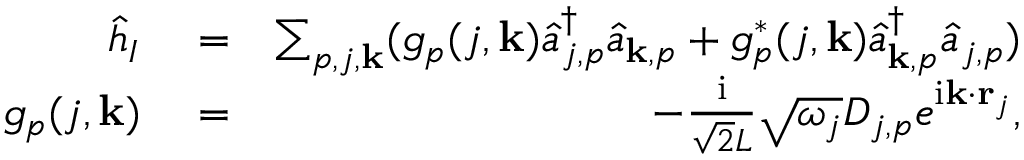
\begin{array} { r l r } { \hat { h } _ { I } } & { { } = } & { \sum _ { p , j , { \bf k } } ( g _ { p } ( j , { \bf k } ) \hat { a } _ { j , p } ^ { \dagger } \hat { a } _ { { \bf k } , p } + g _ { p } ^ { * } ( j , { \bf k } ) \hat { a } _ { { \bf k } , p } ^ { \dagger } \hat { a } _ { j , p } ) } \\ { g _ { p } ( j , { \bf k } ) } & { { } = } & { - \frac { \mathrm { i } } { \sqrt { 2 } L } \sqrt { \omega _ { j } } D _ { j , p } e ^ { \mathrm { i } { \bf k } \cdot { \bf r } _ { j } } , } \end{array}